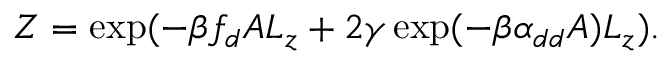
Z = \exp ( - \beta f _ { d } A L _ { z } + 2 \gamma \exp ( - \beta \alpha _ { d d } A ) L _ { z } ) .